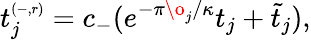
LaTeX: t_{j}^{\scriptscriptstyle(-,r)}=c_{-}(e^{-\pi\o_{j}/\kappa}t_{j}+\widetilde{t}_{j}),